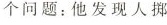
个问题：他发现人掷